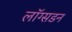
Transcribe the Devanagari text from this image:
लाॅग्सडन